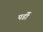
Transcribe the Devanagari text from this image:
पर्डी